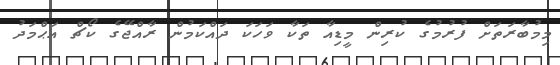
މިމުބާރަތަށް ފުރުމުގެ ކުރިން މީޑިއާ ތަކާ ވަހަކަ ދައްކަމުން ރާއްޖޭގެ ކޯޗް އަޙްމަދު